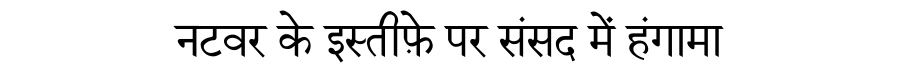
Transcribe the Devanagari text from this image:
नटवर के इस्तीफ़े पर संसद में हंगामा